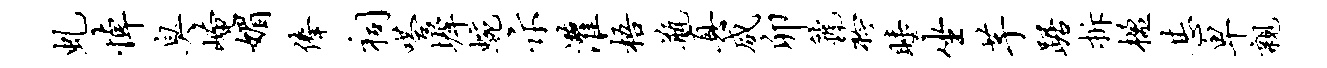
虬悼臭崦媚俸祠嗒墀蜿示灌梧瓶真咸卯虢衿睡坐芋踞拆楹甚卑亲